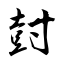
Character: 尌